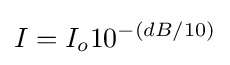
I=I_{o}10^{-(dB/10)}